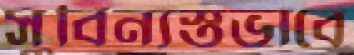
সুবিন্যস্তভাবে